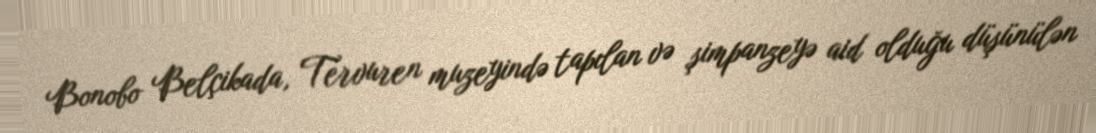
Bonobo Belçikada, Tervuren muzeyində tapılan və şimpanzeyə aid olduğu düşünülən